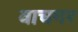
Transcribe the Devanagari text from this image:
वाचगर